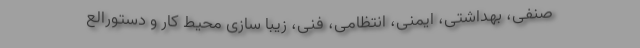
صنفی، بهداشتی، ایمنی، انتظامی، فنی، زیبا سازی محیط کار و دستورالع